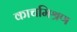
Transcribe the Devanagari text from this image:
काचमिश्रण